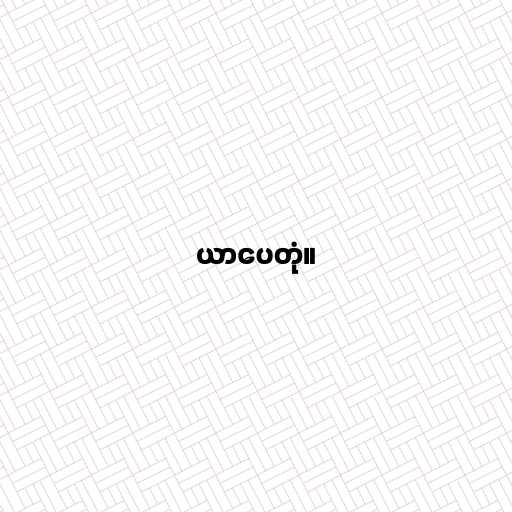
ယာပေတုံ။